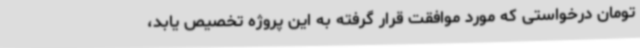
تومان درخواستی که مورد موافقت قرار گرفته به این پروژه تخصیص یابد،